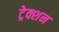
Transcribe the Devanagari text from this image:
ट्रेक्शन